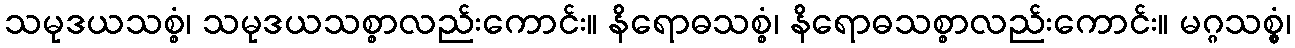
သမုဒယသစ္စံ၊ သမုဒယသစ္စာလည်းကောင်း။ နိရောဓသစ္စံ၊ နိရောဓသစ္စာလည်းကောင်း။ မဂ္ဂသစ္စွံ၊